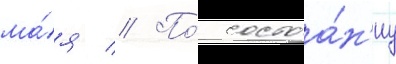
ма́я // По́ состоа́н'иу